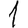
Digit: 1